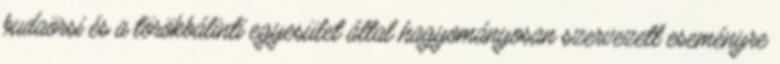
budaörsi és a törökbálinti egyesület által hagyományosan szervezett eseményre